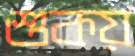
শুকয়